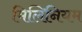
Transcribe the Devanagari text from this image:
मिलिनियम